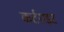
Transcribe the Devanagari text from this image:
कर्टराइट